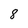
Character: 8